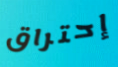
إحتراق